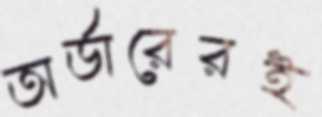
অর্ডারেরই